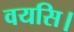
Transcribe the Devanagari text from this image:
वयसि।